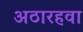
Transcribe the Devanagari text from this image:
अठारहवा